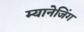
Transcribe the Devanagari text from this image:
म्यानेजिंग